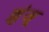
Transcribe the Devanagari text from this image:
झुंजू